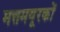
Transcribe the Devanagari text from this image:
मत्तमयूरकों